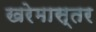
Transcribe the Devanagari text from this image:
खरेमास्तर